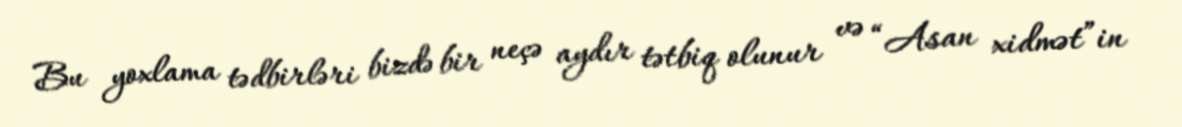
Bu yoxlama tədbirləri bizdə bir neçə aydır tətbiq olunur və “Asan xidmət”in